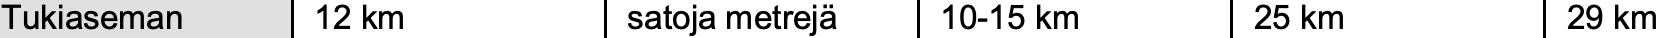
Tukiaseman 12 km    satoja metrejä 10-15 km 25 km  29 km